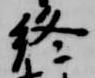
終